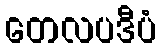
တေလပဒီပံ